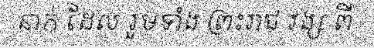
នាក់ ដែល រួមទាំង ព្រះរាជ វង្ស ពី